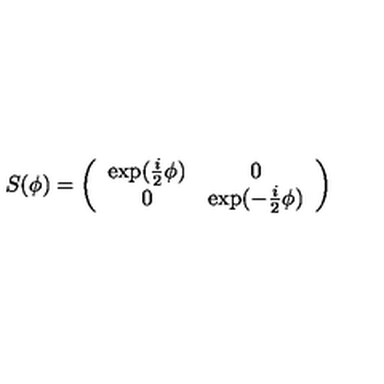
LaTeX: S ( \phi ) = \left( \begin{array} { c c } { \exp ( \frac { i } { 2 } \phi ) } & { 0 } \\ { 0 } & { \exp ( - \frac { i } { 2 } \phi ) } \\ \end{array} \right)